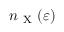
n _ { \mathrm { ~ X ~ } } ( \varepsilon )